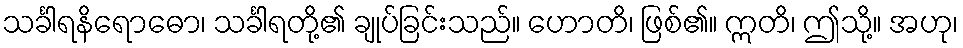
သင်္ခါရနိရောဓော၊ သင်္ခါရတို့၏ ချုပ်ခြင်းသည်။ ဟောတိ၊ ဖြစ်၏။ ဣတိ၊ ဤသို့။ အဟု၊